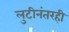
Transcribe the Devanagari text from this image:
लुटीनंतरही